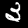
Digit: 3